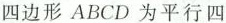
四边形ABCD为平行四